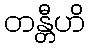
တန္တီဟိ